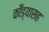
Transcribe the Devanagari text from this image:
कोँड्यासह